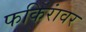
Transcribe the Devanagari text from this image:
फकिरांवर